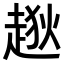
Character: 𧼃